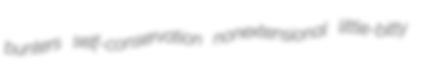
bunters self-conservation nonextensional little-bitty